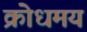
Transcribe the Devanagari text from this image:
क्रोधमय